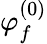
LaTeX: \varphi_{f}^{(0)}